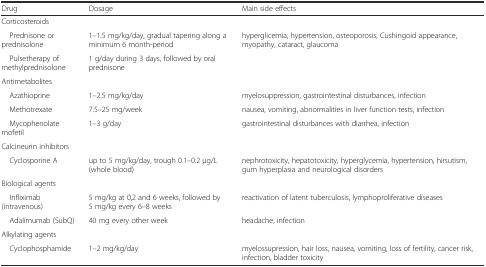
<table><thead><tr><td><b>Drug</b></td><td><b>Dosage</b></td><td><b>Main side effects</b></td></tr></thead><tbody><tr><td>Corticosteroids</td><td></td><td></td></tr><tr><td> Prednisone or prednisolone</td><td>1–1.5 mg/kg/day, gradual tapering along a minimum 6 month-period</td><td>hyperglicemia, hypertension, osteoporosis, Cushingoid appearance, myopathy, cataract, glaucoma</td></tr><tr><td> Pulsetherapy of methylprednisolone</td><td>1 g/day during 3 days, followed by oral prednisone</td><td></td></tr><tr><td>Antimetabolites</td><td></td><td></td></tr><tr><td> Azathioprine</td><td>1–2.5 mg/kg/day</td><td>myelosuppression, gastrointestinal disturbances, infection</td></tr><tr><td> Methotrexate</td><td>7.5–25 mg/week</td><td>nausea, vomiting, abnormalities in liver function tests, infection</td></tr><tr><td> Mycophenolate mofetil</td><td>1–3 g/day</td><td>gastrointestinal disturbances with diarrhea, infection</td></tr><tr><td>Calcineurin inhibitors</td><td></td><td></td></tr><tr><td> Cyclosporine A</td><td>up to 5 mg/kg/day, trough 0.1–0.2 μg/L (whole blood)</td><td>nephrotoxicity, hepatotoxicity, hyperglycemia, hypertension, hirsutism, gum hyperplasia and neurological disorders</td></tr><tr><td>Biological agents</td><td></td><td></td></tr><tr><td> Infliximab (intravenous)</td><td>5 mg/kg at 0,2 and 6 weeks, followed by 5 mg/kg every 6–8 weeks</td><td>reactivation of latent tuberculosis, lymphoproliferative diseases</td></tr><tr><td> Adalimumab (SubQ)</td><td>40 mg every other week</td><td>headache, infection</td></tr><tr><td>Alkylating agents</td><td></td><td></td></tr><tr><td> Cyclophosphamide</td><td>1–2 mg/kg/day</td><td>myelossupression, hair loss, nausea, vomiting, loss of fertility, cancer risk, infection, bladder toxicity</td></tr></tbody></table>